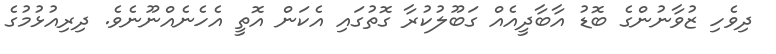
ދިވެހި ޒުވާނުންގެ ބޮޑު އާބާދީއެއް ގަބޫލުކުރާ ގޮތުގައި އެކަން އޮތީ އެހެނެއްނޫނެވެ. ދިރިއުޅުމުގެ